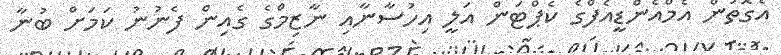
އެގޮތުން އެމްއެންޑީއެފްގެ ކެޕްޓަން އަލީ އިހުސާނާއި ނާޒިމްގެ ގެއިން ފެނުނު ކަމަށް ބުނާ